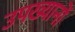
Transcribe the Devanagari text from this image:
उपख्यानों